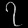
Digit: ၇